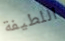
اللطيفة